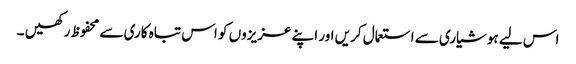
اس لیے ہوشیاری سے استعمال کریں اور اپنے عزیزوں کو اس تباہ کاری سے محفوظ رکھیں ۔